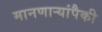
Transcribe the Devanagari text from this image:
मानणाऱ्यांपैकी